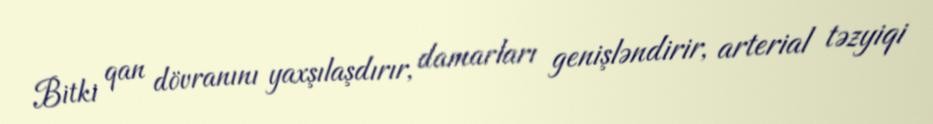
Bitki qan dövranını yaxşılaşdırır, damarları genişləndirir, arterial təzyiqi